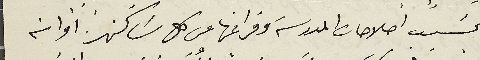
بسَبب اصلاحات المدرسة وفراغها من كل سَاكن او انه